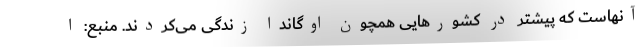
آنهاست که پیشتر در کشورهایی همچون اوگاندا زندگی می‌کردند. منبع: ا